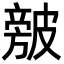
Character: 㿶